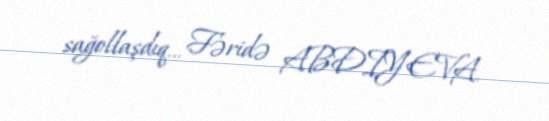
sağollaşdıq... Fəridə ABDIYEVA.